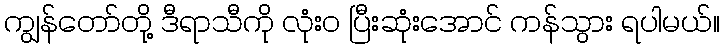
ကျွန်တော်တို့ ဒီရာသီကို လုံး၀ ပြီးဆုံးအောင် ကန်သွား ရပါမယ်။